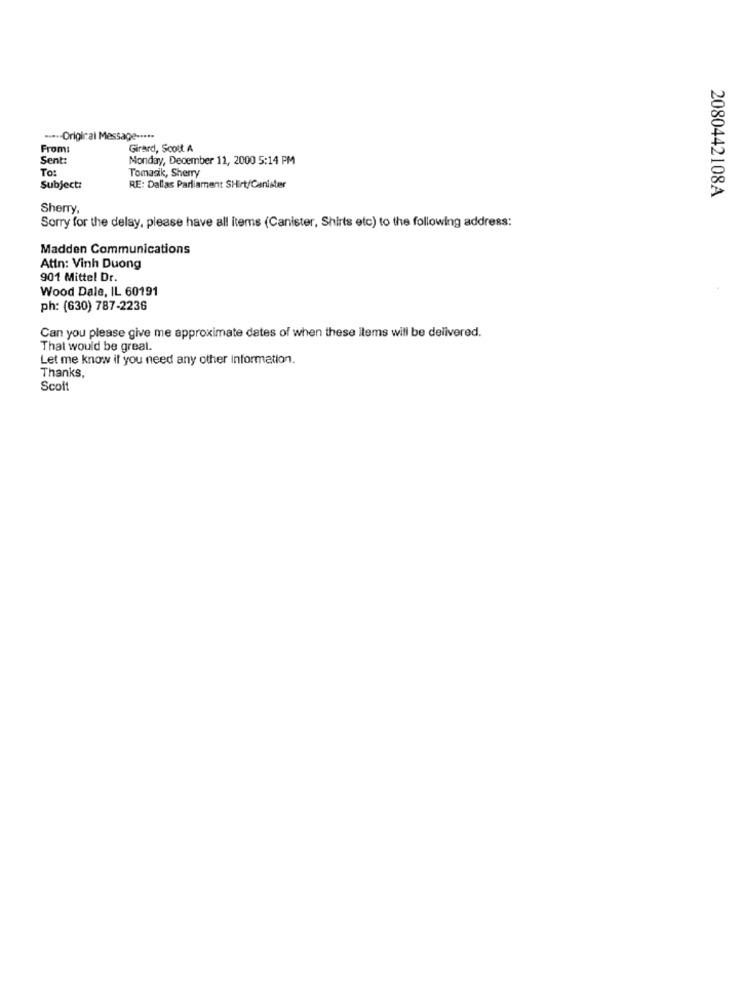
----- Original Message -....
From:
Girard, Scott A
Sent:
Monday, December 11, 2000 5:14 PM
To:
Tomasik, Sherry
Subject:
RE: Dallas Parliament SHirt/Canister
2080442108A
Sherry,
Sorry for the delay, please have all items (Canister, Shirts etc) to the following address:
Madden Communications
Attn: Vinh Duong
901 Mittel Dr.
Wood Dale, IL 60191
ph: (630) 787-2236
Can you please give me approximate dates of when these items will be delivered.
That would be great.
Let me know if you need any other Information.
Thanks,
Scoft